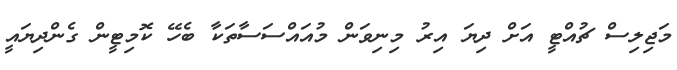
މަޖިލިސް ޗުއްޓީ އަށް ދިޔަ އިރު މިނިވަން މުއައްސަސާތަކާ ބެހޭ ކޮމިޓީން ގެންދިޔައީ